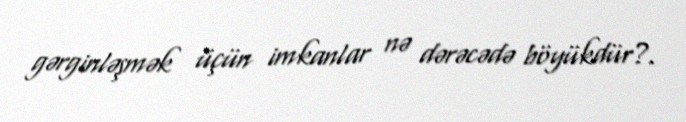
gərginləşmək üçün imkanlar nə dərəcədə böyükdür?.